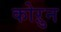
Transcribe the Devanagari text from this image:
कोऱुन